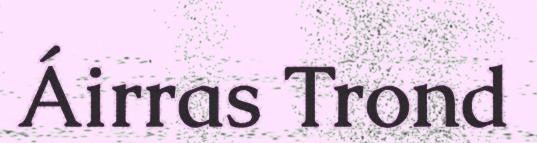
Áirras Trond